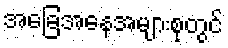
အခြေအနေအများစုတွင်